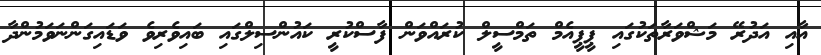
އާއި އަދުރޭ މަޝްވަރާތަކުގައި ޕީޕީއެމް ތަމްސީލް ކުރައްވަން ފާސްކުރީ ކައުންސިލްގައި ބައިވެރިވެ ވަޑައިގަންނަވަމުންދާ